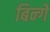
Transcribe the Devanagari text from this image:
बिन्गें